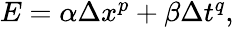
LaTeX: \begin{array}{r}{E=\alpha\Delta x^{p}+\beta\Delta t^{q},}\end{array}